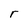
Character: r